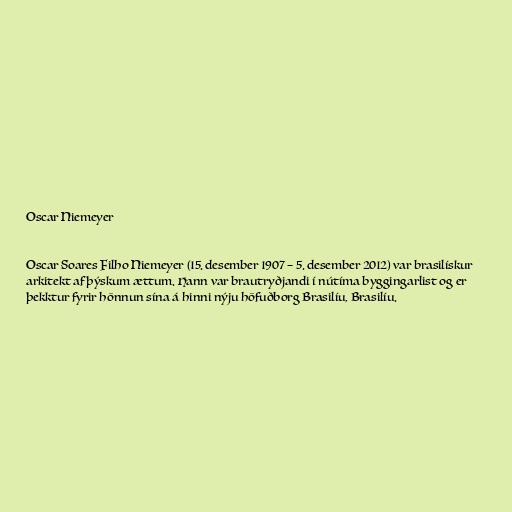
Oscar Niemeyer

Oscar Soares Filho Niemeyer (15. desember 1907 – 5. desember 2012) var brasilískur
arkitekt af þýskum ættum. Hann var brautryðjandi í nútíma byggingarlist og er
þekktur fyrir hönnun sína á hinni nýju höfuðborg Brasilíu, Brasilíu.